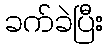
ခက်ခဲပြီး